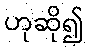
ဟုဆို၍